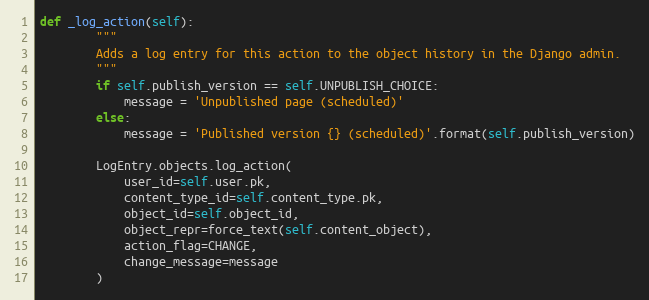
Language: Python
def _log_action(self):
        """
        Adds a log entry for this action to the object history in the Django admin.
        """
        if self.publish_version == self.UNPUBLISH_CHOICE:
            message = 'Unpublished page (scheduled)'
        else:
            message = 'Published version {} (scheduled)'.format(self.publish_version)

        LogEntry.objects.log_action(
            user_id=self.user.pk,
            content_type_id=self.content_type.pk,
            object_id=self.object_id,
            object_repr=force_text(self.content_object),
            action_flag=CHANGE,
            change_message=message
        )